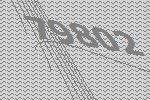
79802